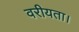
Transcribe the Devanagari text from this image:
वरीयता।